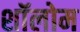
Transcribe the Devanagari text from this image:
शॉलोम